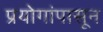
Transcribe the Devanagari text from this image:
प्रयोगांपासून